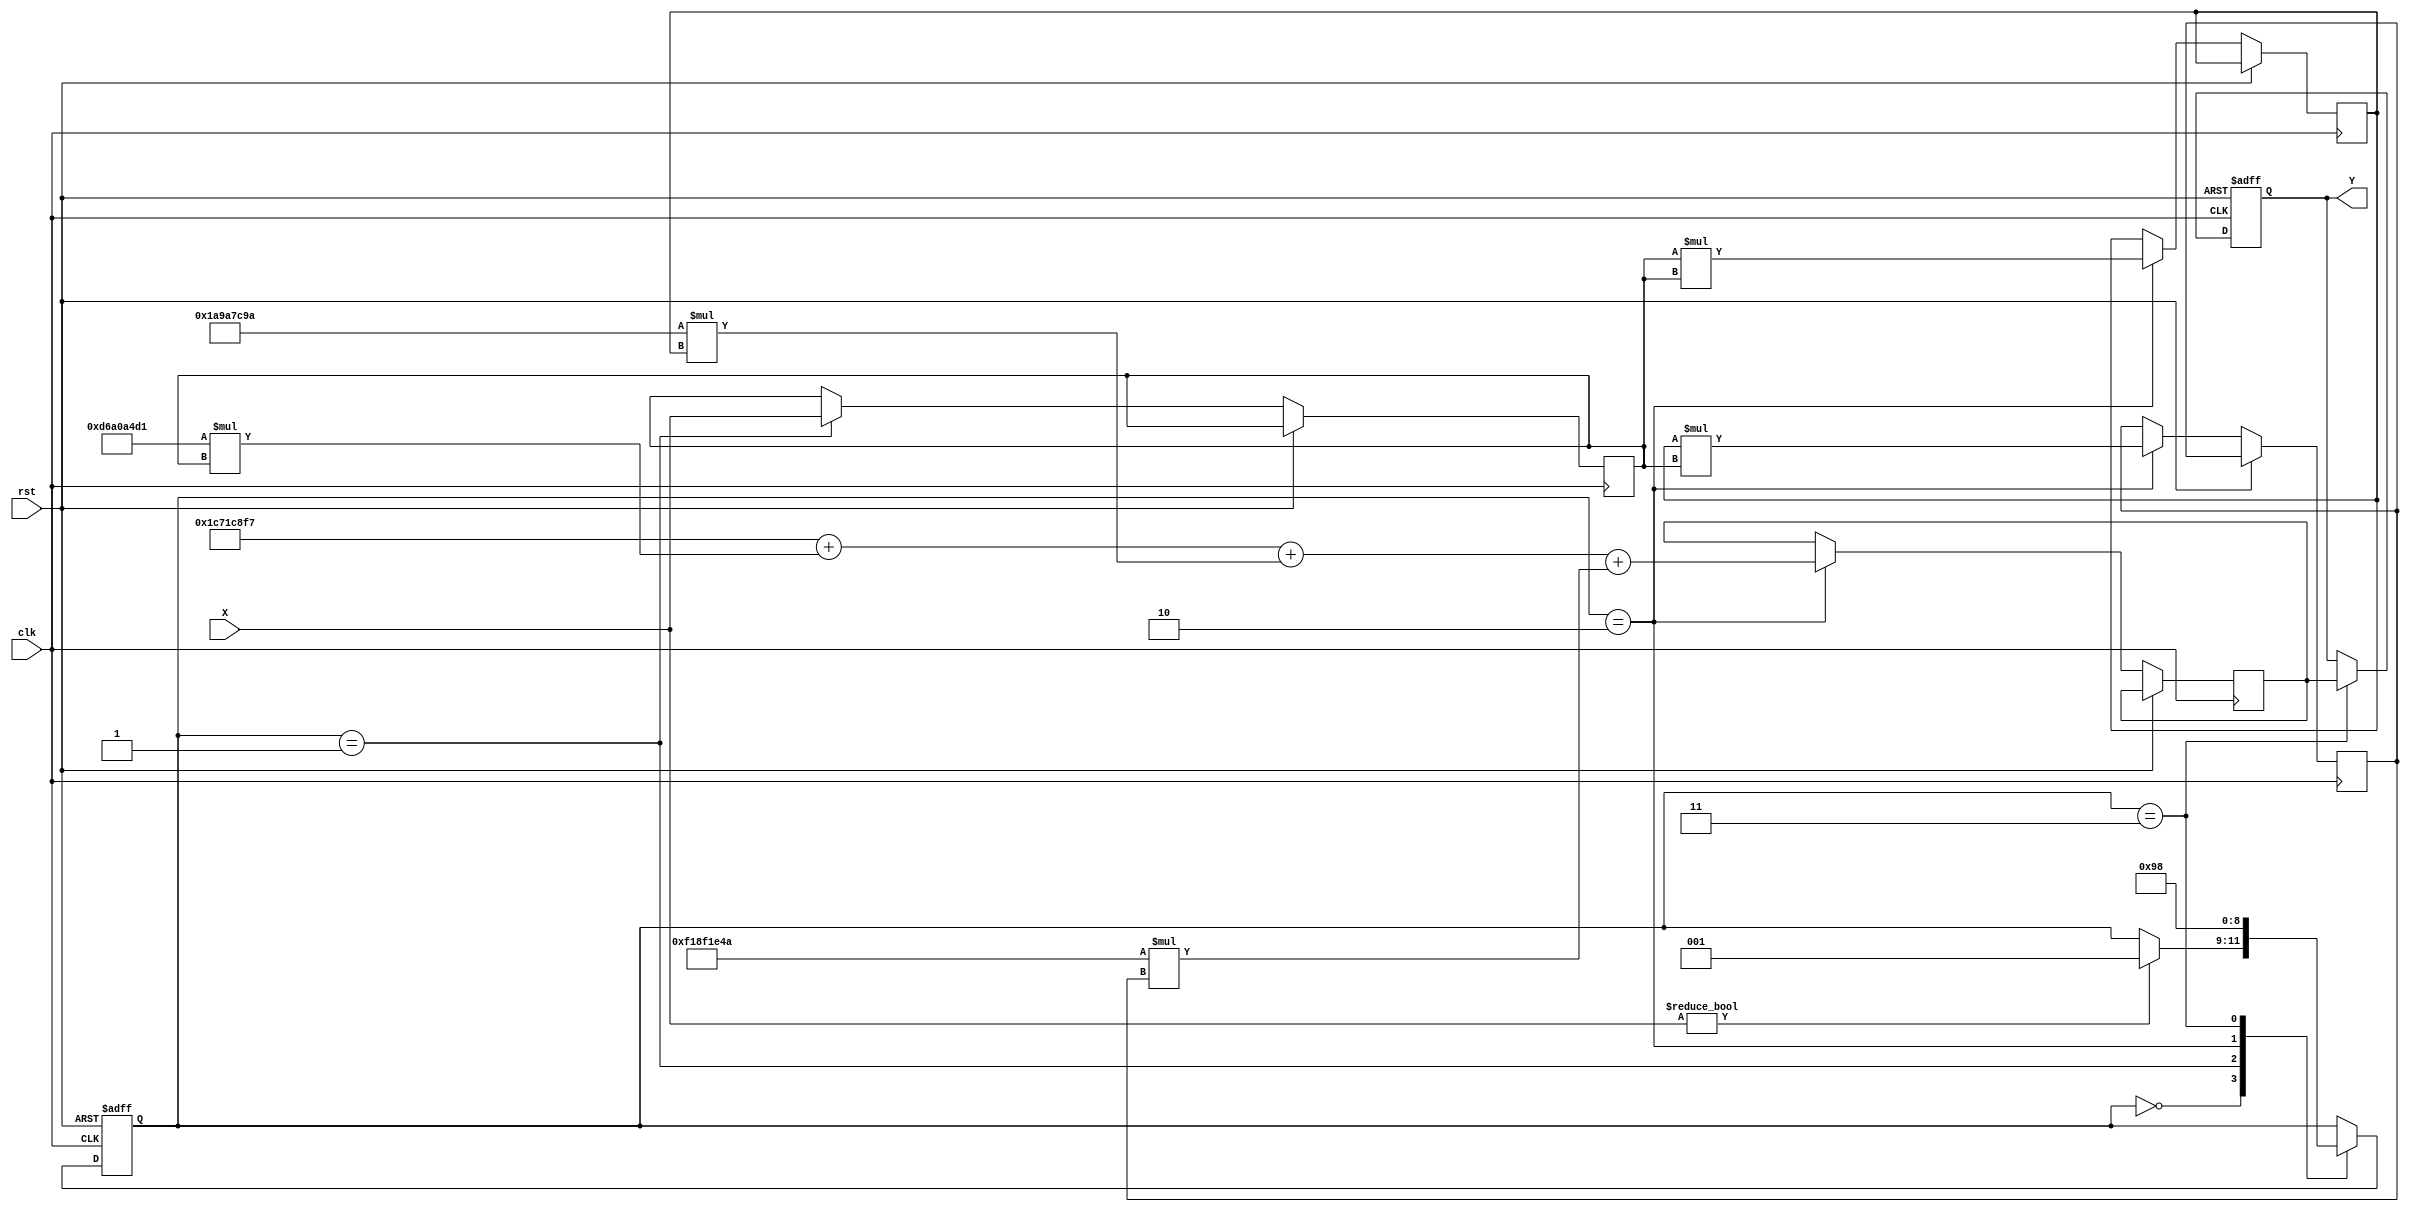
module poly_reciprocal (
    input wire [31:0] X,      // Input value (fixed-point representation)
    output reg [31:0] Y,      // Output value (reciprocal of X)
    input wire clk,           // Clock signal
    input wire rst            // Reset signal
);

    // Polynomial coefficients for approximation (example values)
    // Y  a0 + a1*X + a2*X^2 + a3*X^3
    parameter a0 = 32'h1C71C8F7; // Coefficient for X^0 (0.1127 approx)
    parameter a1 = 32'hD6A0A4D1; // Coefficient for X^1 (-0.4535 approx)
    parameter a2 = 32'h1A9A7C9A; // Coefficient for X^2 (0.6874 approx)
    parameter a3 = 32'hF18F1E4A; // Coefficient for X^3 (-0.5069 approx)

    reg [31:0] x_norm;         // Normalized input
    reg [31:0] x_square;       // X squared
    reg [31:0] x_cubed;        // X cubed
    reg [31:0] poly_result;    // Result of polynomial evaluation
    reg [2:0] state;           // State for control logic

    // State encoding
    localparam IDLE          = 3'd0,
               NORMALIZE     = 3'd1,
               POLY_EVAL     = 3'd2,
               OUTPUT_SCALE   = 3'd3;
    
    // State machine for controlling the operation
    always @(posedge clk or posedge rst) begin
        if (rst) begin
            Y <= 32'b0;
            state <= IDLE;
        end else begin
            case (state)
                IDLE: begin
                    // Check for valid input (non-zero)
                    if (X != 32'b0) begin
                        state <= NORMALIZE;
                    end
                end
                
                NORMALIZE: begin
                    // Normalize X to [1,2) range
                    // Assuming input is scaled to [1,2)
                    x_norm <= X;
                    state <= POLY_EVAL;
                end

                POLY_EVAL: begin
                    // Evaluate polynomial using Horner's method
                    x_square <= x_norm * x_norm;              // X^2
                    x_cubed <= x_square * x_norm;             // X^3

                    poly_result <= a0 + (a1 * x_norm) + 
                                   (a2 * x_square) + 
                                   (a3 * x_cubed); // Polynomial evaluation

                    state <= OUTPUT_SCALE;
                end

                OUTPUT_SCALE: begin
                    // Output the resulting reciprocal
                    Y <= poly_result;
                    state <= IDLE; // Go back to IDLE state
                end
            endcase
        end
    end
endmodule